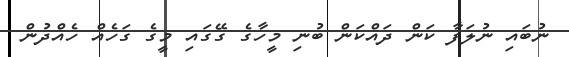
ނުބައި ނުލަފާ ކަން ދައްކަން ބުނި މީހާގެ ގޭގައި މީގެ ގަހެއް ހެއްދުން